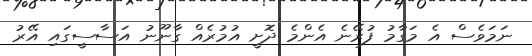
ނަމަވެސް އެ މަގާމު ފުރޭނެ އެންމެ ދޮށީ އުމުރެއް ގާނޫނު އަސާސީގައި އޭރު